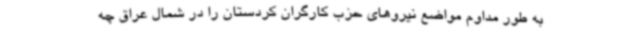
به طور مداوم مواضع نیروهای حزب کارگران کردستان را در شمال عراق چه